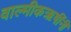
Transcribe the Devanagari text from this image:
वाल्मीकऋषींनी